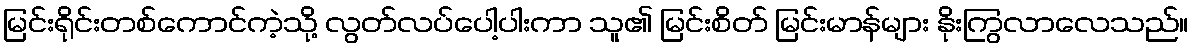
မြင်းရိုင်းတစ်ကောင်ကဲ့သို့ လွတ်လပ်ပေါ့ပါးကာ သူ၏ မြင်းစိတ် မြင်းမာန်များ နိုးကြွလာလေသည်။